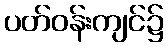
ပတ်ဝန်းကျင်၌